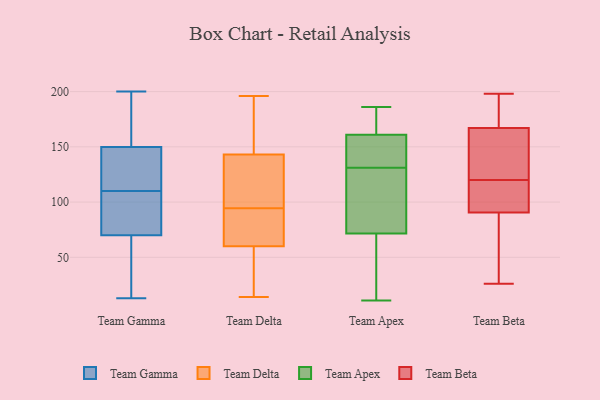
{"axis": {"x": "Backlog", "y": "Value"}, "legend": ["Team Apex", "Team Beta", "Team Delta", "Team Gamma"], "data": [{"x": "", "y": 133, "type": "Team Gamma"}, {"x": "", "y": 126, "type": "Team Gamma"}, {"x": "", "y": 30, "type": "Team Gamma"}, {"x": "", "y": 110, "type": "Team Gamma"}, {"x": "", "y": 179, "type": "Team Gamma"}, {"x": "", "y": 158, "type": "Team Gamma"}, {"x": "", "y": 96, "type": "Team Gamma"}, {"x": "", "y": 13, "type": "Team Gamma"}, {"x": "", "y": 147, "type": "Team Gamma"}, {"x": "", "y": 73, "type": "Team Gamma"}, {"x": "", "y": 61, "type": "Team Gamma"}, {"x": "", "y": 200, "type": "Team Gamma"}, {"x": "", "y": 101, "type": "Team Gamma"}, {"x": "", "y": 119, "type": "Team Delta"}, {"x": "", "y": 146, "type": "Team Delta"}, {"x": "", "y": 92, "type": "Team Delta"}, {"x": "", "y": 65, "type": "Team Delta"}, {"x": "", "y": 196, "type": "Team Delta"}, {"x": "", "y": 14, "type": "Team Delta"}, {"x": "", "y": 88, "type": "Team Delta"}, {"x": "", "y": 44, "type": "Team Delta"}, {"x": "", "y": 164, "type": "Team Delta"}, {"x": "", "y": 84, "type": "Team Delta"}, {"x": "", "y": 163, "type": "Team Delta"}, {"x": "", "y": 21, "type": "Team Delta"}, {"x": "", "y": 60, "type": "Team Delta"}, {"x": "", "y": 43, "type": "Team Delta"}, {"x": "", "y": 142, "type": "Team Delta"}, {"x": "", "y": 98, "type": "Team Delta"}, {"x": "", "y": 97, "type": "Team Delta"}, {"x": "", "y": 143, "type": "Team Delta"}, {"x": "", "y": 105, "type": "Team Apex"}, {"x": "", "y": 39, "type": "Team Apex"}, {"x": "", "y": 153, "type": "Team Apex"}, {"x": "", "y": 184, "type": "Team Apex"}, {"x": "", "y": 174, "type": "Team Apex"}, {"x": "", "y": 78, "type": "Team Apex"}, {"x": "", "y": 160, "type": "Team Apex"}, {"x": "", "y": 143, "type": "Team Apex"}, {"x": "", "y": 11, "type": "Team Apex"}, {"x": "", "y": 186, "type": "Team Apex"}, {"x": "", "y": 52, "type": "Team Apex"}, {"x": "", "y": 164, "type": "Team Apex"}, {"x": "", "y": 45, "type": "Team Apex"}, {"x": "", "y": 135, "type": "Team Apex"}, {"x": "", "y": 131, "type": "Team Apex"}, {"x": "", "y": 97, "type": "Team Apex"}, {"x": "", "y": 102, "type": "Team Apex"}, {"x": "", "y": 94, "type": "Team Beta"}, {"x": "", "y": 119, "type": "Team Beta"}, {"x": "", "y": 185, "type": "Team Beta"}, {"x": "", "y": 26, "type": "Team Beta"}, {"x": "", "y": 198, "type": "Team Beta"}, {"x": "", "y": 192, "type": "Team Beta"}, {"x": "", "y": 139, "type": "Team Beta"}, {"x": "", "y": 121, "type": "Team Beta"}, {"x": "", "y": 42, "type": "Team Beta"}, {"x": "", "y": 87, "type": "Team Beta"}, {"x": "", "y": 118, "type": "Team Beta"}, {"x": "", "y": 149, "type": "Team Beta"}]}